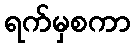
ရက်မှစကာ